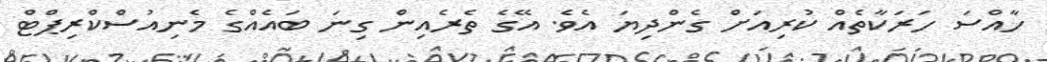
ހާއްސަ ހަރަކާތެއް ކުރިއަށް ގެންދިޔަ އެވެ. އޭގެ ތެރެއިން ގިނަ ބައެއްގެ މެނިއުސްކްރިޕްޓް